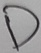
Text: D